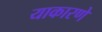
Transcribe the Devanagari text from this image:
याकारणे